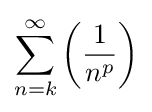
\sum _{n=k}^{\infty }{\bigg (}{\frac {1}{n^{p}}}{\bigg )}